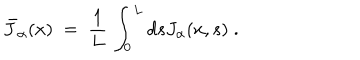
{ \bar { J } } _ { \alpha } ( x ) \; = \; \frac { 1 } { L } \, \int _ { 0 } ^ { L } d s J _ { \alpha } ( x , s ) \; .